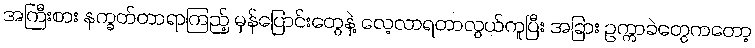
အကြီးစား နက္ခတ်တာရာကြည့် မှန်ပြောင်းတွေနဲ့ လေ့လာရတာလွယ်ကူပြီး အခြား ဥက္ကာခဲတွေကတော့